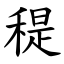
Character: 䅠